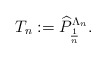
\begin{align*}T_n:=\widehat{P}_{\frac{1}{n}}^{\Lambda_n}.\end{align*}